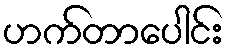
ဟက်တာပေါင်း